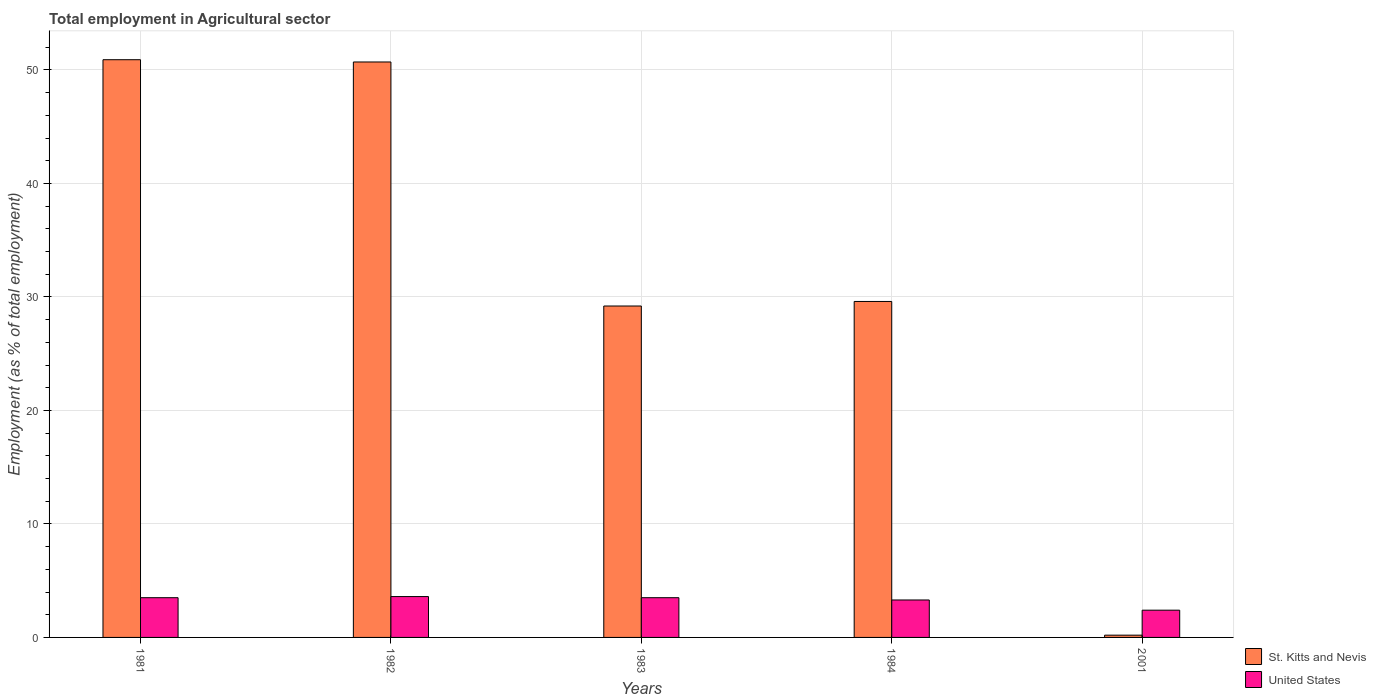
| Years | St. Kitts and Nevis | United States |
 | --- | --- | --- |
 | 1981 | 50.9 | 3.5 |
 | 1982 | 50.7 | 3.6 |
 | 1983 | 29.2 | 3.5 |
 | 1984 | 29.6 | 3.3 |
 | 2001 | 0.2 | 2.4 |